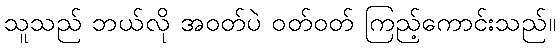
သူသည် ဘယ်လို အဝတ်ပဲ ဝတ်ဝတ် ကြည့်ကောင်းသည်။